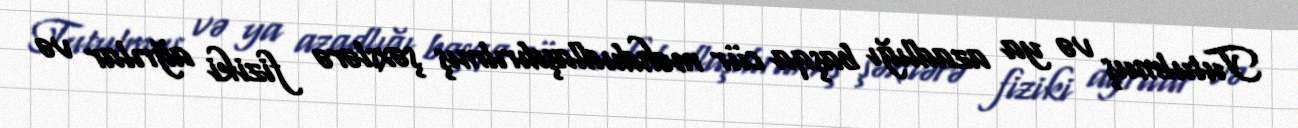
Tutulmuş və ya azadlığı başqa cür məhdudlaşdırılmış şəxslərə fiziki ağrılar və